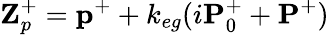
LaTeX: \textbf{Z}_{p}^{+}=\textbf{p}^{+}+k_{eg}(i\textbf{P}_{0}^{+}+\textbf{P}^{+})